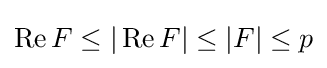
\operatorname {Re} F\leq |\operatorname {Re} F|\leq |F|\leq p